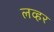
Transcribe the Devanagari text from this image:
लव्हर